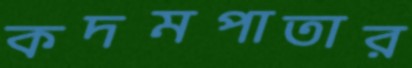
কদমপাতার